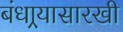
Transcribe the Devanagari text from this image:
बंधार्‍यासारखी